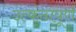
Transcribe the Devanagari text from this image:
उत्कंठापूर्ण